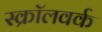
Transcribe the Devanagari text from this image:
स्क्रॉलवर्क